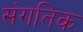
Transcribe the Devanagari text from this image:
संगतिक